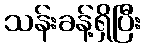
သန်းခန့်ရှိပြီး